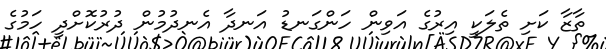
ތާޒާ ކަށި ތެލަކީ އިރުގެ އަވިން ހަންގަނޑު އަނދާ އެނދުމުން ދުރުކޮށްދީ ހަމުގެ